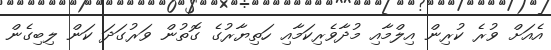
އެއަށް ވުރެ ކުރިން އިލްމާއި މުދާވެރިކަމާއި ހަތިޔާރުގެ ގޮތުން ވަރުގަދަ ކަން ލިބިގެން